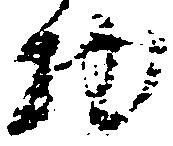
物